Sketch of the medical history of the native army of Bombay, for the year
Year: 1875
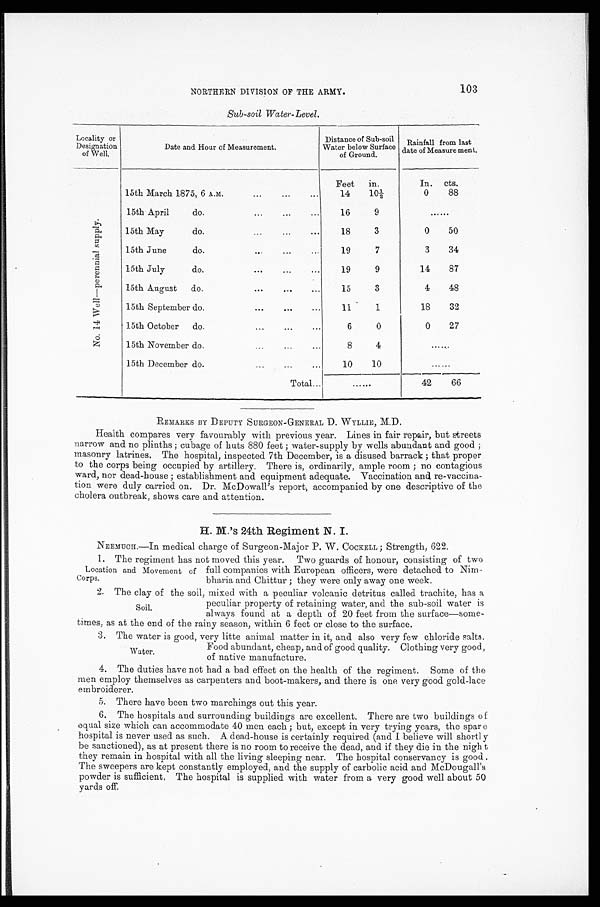
103
NORTHERN DIVISION OF THE ARMY.
Sub-soil Water-Level.
Locality or
Designation
of Well.
Date and Hour of Measurement.
Distance of Sub-soil
Water below Surface
of Ground.
R a i n f a l l f r o m l a s t d a t e o f M e a s u r e m e n t .
N o . 1 4 W e l l — p e r e n n i a l s u p p l y .
15th March 1875, 6 A.M.
...
...
...
Feet
14
in.
10 1/2
In.
0
cts.
88
15th April
do.
...
...
...
16
9
......
15th May
do.
. . .
. . .
. . .
18
3
0
50
15th June
do.
. . .
. . .
. . .
19
7
3
34
15th July
do.
...
...
...
19
9
14
87
15th August
do.
. . .
. . .
. . .
15
3
4
48
15th September do.
. . .
. . .
. . .
11
1
18
32
15th October
do.
. . .
. . .
. . .
6
0
0
27
15th November do.
. . .
. . .
. . .
8
4
. . . . . .
15th December do.
. . .
. . .
. . .
10
10
. . . . . .
Total...
......
42
66
REMARKS BY DEPUTY SURGEON-GENERAL D. WYLLIE, M.D.
Health compares very favourably with previous year. Lines in fair repair, but streets
narrow and no plinths ; cubage of huts 880 feet ; water-supply by wells abundant and good ;
masonry latrines. The hospital, inspected 7th December, is a disused barrack ; that proper
to the corps being occupied by artillery. There is, ordinarily, ample room ; no contagious
ward, nor dead-house ; establishment and equipment adequate. Vaccination and re-vaccina-
tion were duly carried on. Dr. McDowall's report, accompanied by one descriptive of the
cholera outbreak, shows care and attention.
H. M.'s 24th Regiment N. I.
NEEMUCH.—In medical charge of Surgeon-Major P. W. COCKELL ; Strength, 622.
1. The regiment has not moved this year. Two guards of honour, consisting of two
Location and Movement of
Corps.
full companies with European officers, were detached to Nim-
bharia and Chittur ; they were only away one week.
2. The clay of the soil, mixed with a peculiar volcanic detritus called trachite, has a
peculiar property of retaining water, and the sub-soil water is
always found at a depth of 20 feet from the surface—some-
times, as at the end of the rainy season, within 6 feet or close to the surface.
3. The water is good, very litte animal matter in it, and also very few chloride salts.
Food abundant, cheap, and of good quality. Clothing very good,
of native manufacture.
men employ themselves as carpenters and boot-makers, and there is one very good gold-lace
embroiderer.
5. There have been two marchings out this year.
6.
The hospitals and surrounding buildings are excellent. There are two buildings of
equal size which can accommodate 40 men each ; but, except in very trying years, the spare
hospital is never used as such. A dead-house is certainly required (and I believe will shortly
be sanctioned), as at present there is no room to receive the dead, and if they die in the nigh
they remain in hospital with all the living sleeping near. The hospital conservancy is good .
The sweepers are kept constantly employed, and the supply of carbolic acid and McDougall's
powder is sufficient. The hospital is supplied with water from a very good well about 50
yards off.
Soil.
Water.
4. The duties have not had a bad effect on the health of the regiment. Some of the